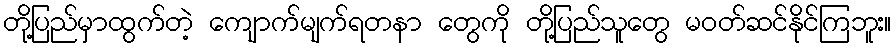
တို့ပြည်မှာထွက်တဲ့ ကျောက်မျက်ရတနာ တွေကို တို့ပြည်သူတွေ မဝတ်ဆင်နိုင်ကြဘူး။